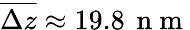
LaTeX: \overline{{\Delta z}}\approx 19.8\, \mathrm{~n~m~}